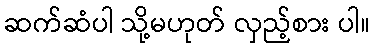
ဆက်ဆံပါ သို့မဟုတ် လှည့်စား ပါ။